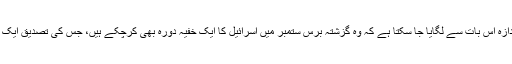
شہزادہ محمد بن سلمان اسرائیل سے تعلقات قائم کرنے میں کس قدر بے چین ہیں، اس کا اندازہ اس بات سے لگایا جا سکتا ہے کہ وہ گزشتہ برس ستمبر میں اسرائیل کا ایک خفیہ دورہ بھی کرچکے ہیں، جس کی تصدیق ایک اسرائیلی سرکاری افسر نے (اپنی شناخت ظاہر نہ کرنے پر) اس خبر کی تصدیق کی تھی۔